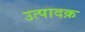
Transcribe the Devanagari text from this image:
उत्पादक़